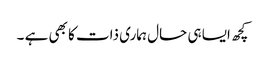
کچھ ایسا ہی حال ہماری ذات کا بھی ہے ۔